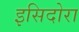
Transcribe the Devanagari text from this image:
इसिदोरा